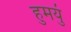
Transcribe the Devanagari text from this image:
हुमयुं